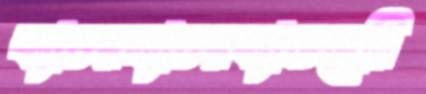
ক্যাচরম্যাচরক্যাডবেরি